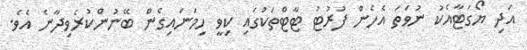
އަދި ޔޯގަޓާއެކު ނުވަތަ އެހެން ފުރުޓު ޓާޓްތަކުގައި ކިވީ ހިމަނައިގެން ބޭނުންކުރެވިދާނެ އެވެ.